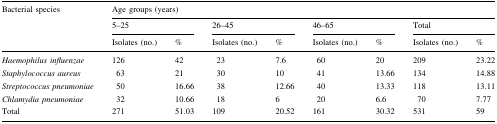
<table><thead><tr><td rowspan="3"><b>Bacterial species</b></td><td colspan="8"><b>Age groups (years)</b></td></tr><tr><td colspan="2"><b>5–25</b></td><td colspan="2"><b>26–45</b></td><td colspan="2"><b>46–65</b></td><td colspan="2"><b>Total</b></td></tr><tr><td><b>Isolates (no.)</b></td><td><b>%</b></td><td><b>Isolates (no.)</b></td><td><b>%</b></td><td><b>Isolates (no.)</b></td><td><b>%</b></td><td><b>Isolates (no.)</b></td><td><b>%</b></td></tr></thead><tbody><tr><td><i>Haemophilus influenzae</i></td><td>126</td><td>42</td><td>23</td><td>7.6</td><td>60</td><td>20</td><td>209</td><td>23.22</td></tr><tr><td><i>Staphylococcus aureus</i></td><td>63</td><td>21</td><td>30</td><td>10</td><td>41</td><td>13.66</td><td>134</td><td>14.88</td></tr><tr><td><i>Streptococcus pneumoniae</i></td><td>50</td><td>16.66</td><td>38</td><td>12.66</td><td>40</td><td>13.33</td><td>118</td><td>13.11</td></tr><tr><td><i>Chlamydia pneumoniae</i></td><td>32</td><td>10.66</td><td>18</td><td>6</td><td>20</td><td>6.6</td><td>70</td><td>7.77</td></tr><tr><td>Total</td><td>271</td><td>51.03</td><td>109</td><td>20.52</td><td>161</td><td>30.32</td><td>531</td><td>59</td></tr></tbody></table>